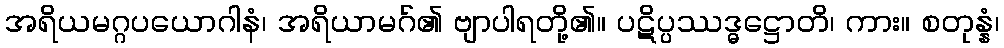
အရိယမဂ္ဂပယောဂါနံ၊ အရိယာမဂ်၏ ဗျာပါရတို့၏။ ပဋိပ္ပဿဒ္ဓဋ္ဌောတိ၊ ကား။ စတုန္နံ၊